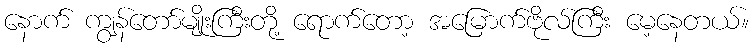
နောက် ကျွန်တော်မျိုးကြီးတို့ ရောက်တော့ အမြောက်ဗိုလ်ကြီး မေ့နေတယ်။